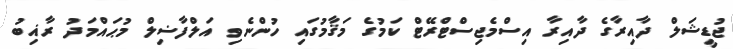
ޖުޑީޝަލް ދާއިރާގެ ދާއިރާ އިސްމެޖިސްޓްރޭޓް ކަމުގެ މަޤާމުގައި ހުންނެވި އަލްފާޟިލް މުޙައްމަދު ރާޣިބު